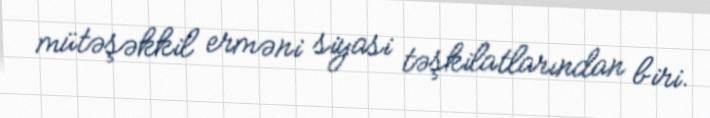
mütəşəkkil erməni siyasi təşkilatlarından biri.